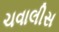
ચવાલીસ